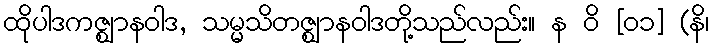
ထိုပါဒကဇ္ဈာနဝါဒ, သမ္မသိတဇ္ဈာနဝါဒတို့သည်လည်း။ န ဝိ [၀၁] (နိ၊